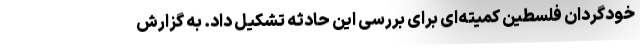
خودگردان فلسطین کمیته‌ای برای بررسی این حادثه تشکیل داد. به گزارش